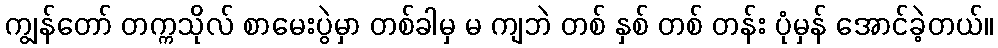
ကျွန်တော် တက္ကသိုလ် စာမေးပွဲမှာ တစ်ခါမှ မ ကျဘဲ တစ် နှစ် တစ် တန်း ပုံမှန် အောင်ခဲ့တယ်။